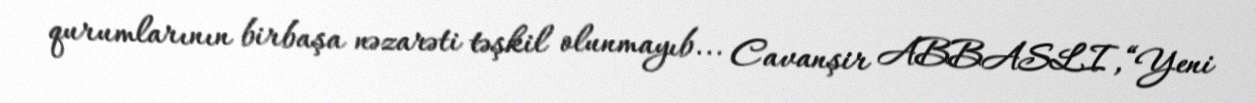
qurumlarının birbaşa nəzarəti təşkil olunmayıb... Cavanşir ABBASLI,“Yeni